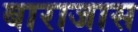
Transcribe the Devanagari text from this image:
बाराजास